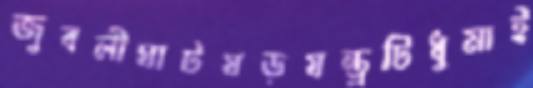
জুবলীঘাটষড়যন্ত্রটিধুমাই